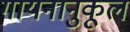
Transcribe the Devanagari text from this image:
गायनानुकूल